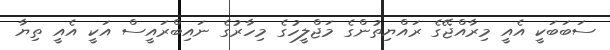
ސަބަބަކީ އެއީ މިރާއްޖޭގެ ރައްޔިތުންގެ މަޖްލީހުގެ މިހާރުގެ ނައިބްރައީސް އަކީ އެއީ ތިޔާ